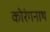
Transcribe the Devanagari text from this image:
कोरंगनाथ